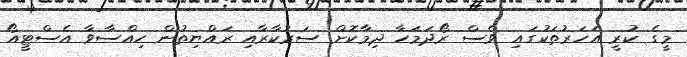
މީގެ ކުރީ އަހަރުތަކުގައި ވެސް ރޯދަމަހާ ދިމާކޮށް ސަރުކާރާއި ރައްޔިތުން ހިއްސާވާ އެސްޓީއޯ